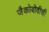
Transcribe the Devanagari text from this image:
जैकोबोवीची